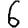
Digit: 6